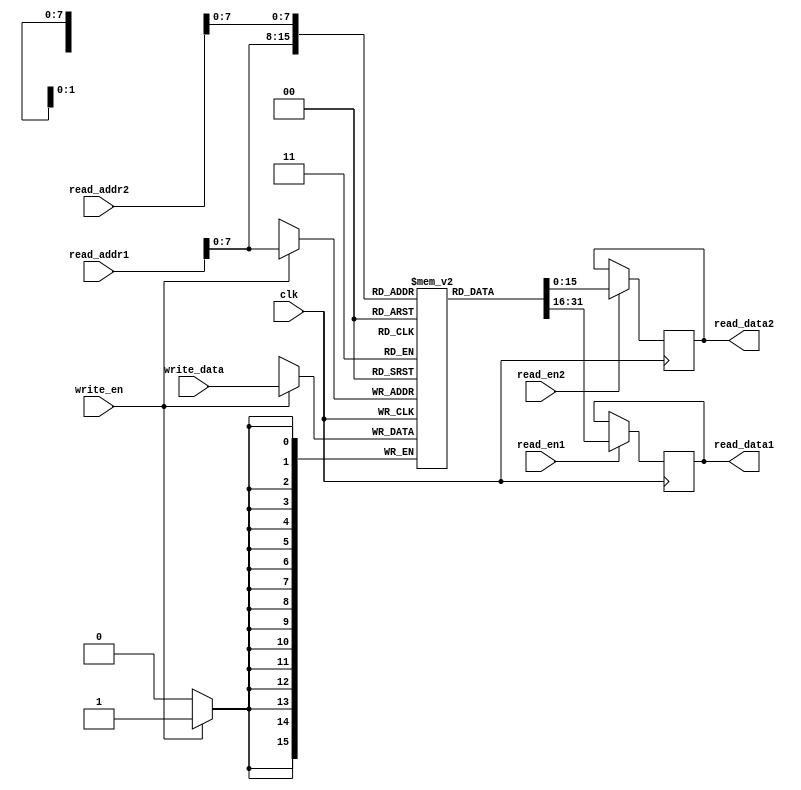
module dual_port_ram (
  input wire clk,
  input wire [15:0] write_data,
  input wire write_en,
  input wire [15:0] read_addr1,
  input wire read_en1,
  output reg [15:0] read_data1,
  input wire [15:0] read_addr2,
  input wire read_en2,
  output reg [15:0] read_data2
);

reg [15:0] mem [0:255];

always @(posedge clk) begin
  if(write_en) begin
    mem[read_addr1] <= write_data;
  end
  
  if(read_en1) begin
    read_data1 <= mem[read_addr1];
  end
  
  if(read_en2) begin
    read_data2 <= mem[read_addr2];
  end
end

endmodule